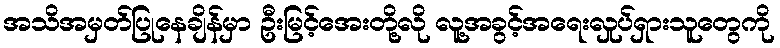
အသိအမှတ်ပြုနေချိန်မှာ ဦးမြင့်အေးတို့လို လူ့အခွင့်အရေးလှုပ်ရှားသူတွေကို